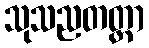
သုသညတတ္တာ